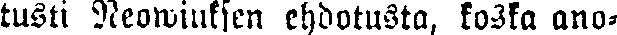
tusti Neowiuksen ehdotusta, koska ano-